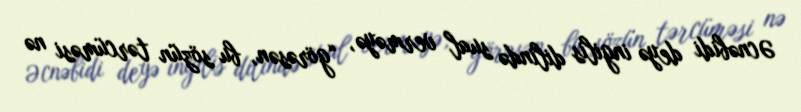
Əcnəbidi deyə ingilis dilində sual verməyə, “görəsən, bu sözün tərcüməsi nə